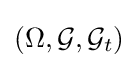
(\Omega ,{\mathcal {G}},{\mathcal {G}}_{t})